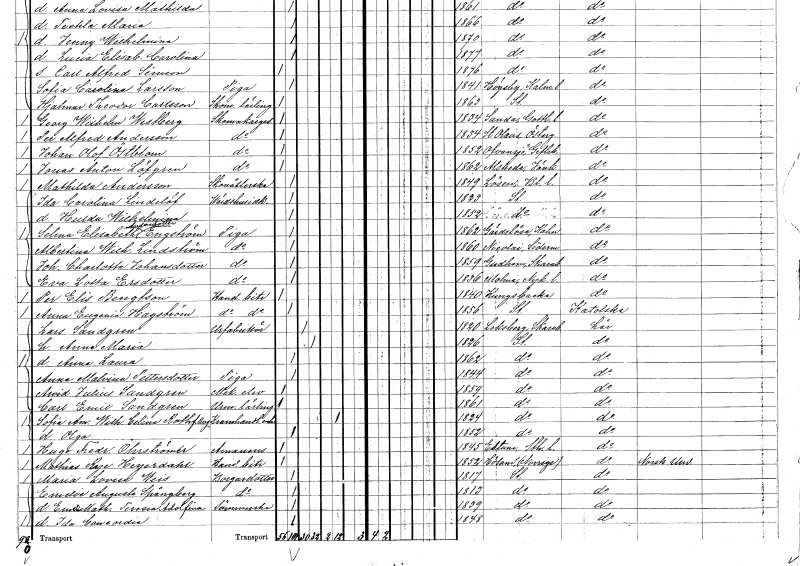
gt_parse: households: individuals: FN: Ida Carolina
EN: Lindelöf
YRKE: Värdshusidkare
KON: K
CIV: O
FODAR: 1823
FODFORS: Stockholm
FN: Hulda Wilhelmina
KON: K
CIV: O
FODAR: 1852
FODFORS: Stockholm
FN: Selma Elisabeth
EN: Andersdotter Engström
YRKE: Piga
KON: K
CIV: O
FODAR: 1862
FODFORS: Gärdslösa Kalmar län
FN: Albertina Wilhelmina
EN: Lindström
YRKE: Piga
KON: K
CIV: O
FODAR: 1860
FODFORS: Nikolai Södermanlands län
FN: Johanna Charlotta
EN: Johansdotter
YRKE: Piga
KON: K
CIV: O
FODAR: 1859
FODFORS: Gudhem Skaraborgs län
FN: Eva Lotta
EN: Ersdotter
YRKE: Piga
KON: K
CIV: O
FODAR: 1836
FODFORS: Malma Södermanlands län
FN: Per Elis
EN: Bengtson
YRKE: Handelsbiträde
KON: M
CIV: O
FODAR: 1840
FODFORS: Kungsbacka Hallands län
FN: Anna Eugenia
EN: Hagström
YRKE: Handelsbiträde
KON: K
CIV: O
FODAR: 1856
FODFORS: Stockholm
FN: Lars
EN: Sandgren
YRKE: Urfabrikör
KON: M
CIV: G
FODAR: 1820
FODFORS: Leksberg Skaraborgs län
FN: Anna Maria
KON: K
CIV: G
FODAR: 1826
FODFORS: Stockholm
FN: Anna Laura
KON: K
CIV: O
FODAR: 1862
FODFORS: Stockholm
FN: Anna Malvina
EN: Pettersdotter
YRKE: Piga
KON: K
CIV: O
FODAR: 1844
FODFORS: Stockholm
FN: Arvid Julius
EN: Sandgren
YRKE: Mekan. elev
KON: M
CIV: O
FODAR: 1859
FODFORS: Stockholm
FN: Carl Emil
EN: Sandgren
YRKE: Urmakarelärling
KON: M
CIV: O
FODAR: 1861
FODFORS: Stockholm
FN: Sofia Amalia Wilhelmina Celina
EN: Roth Berg
YRKE: Kramhandlareänka
KON: K
CIV: E
FODAR: 1824
FODFORS: Stockholm
FN: Olga
KON: K
CIV: O
FODAR: 1852
FODFORS: Stockholm
FN: Hugo Fredrik
EN: Öhrströmer
YRKE: Amanuens
KON: M
CIV: O
FODAR: 1845
FODFORS: Estuna Stockholms län
FN: Mathias Rye
EN: Heyerdahl
YRKE: Handelsbiträde
KON: M
CIV: O
FODAR: 1852
FN: Maria Lovisa
EN: Weis
YRKE: Borgaredotter
KON: K
CIV: O
FODAR: 1817
FODFORS: Stockholm
FN: Emelie Augusta
EN: Spångberg
YRKE: Borgaredotter
KON: K
CIV: O
FODAR: 1813
FODFORS: Stockholm
FN: Emelie Mathilda Teresia Adolfina
YRKE: Sömmerska
KON: K
CIV: O
FODAR: 1839
FODFORS: Stockholm
FN: Ida Concordia
KON: K
CIV: O
FODAR: 1848
FODFORS: Stockholm